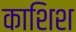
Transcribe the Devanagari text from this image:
काशिश